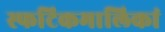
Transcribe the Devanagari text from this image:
स्फटिकमालिकां